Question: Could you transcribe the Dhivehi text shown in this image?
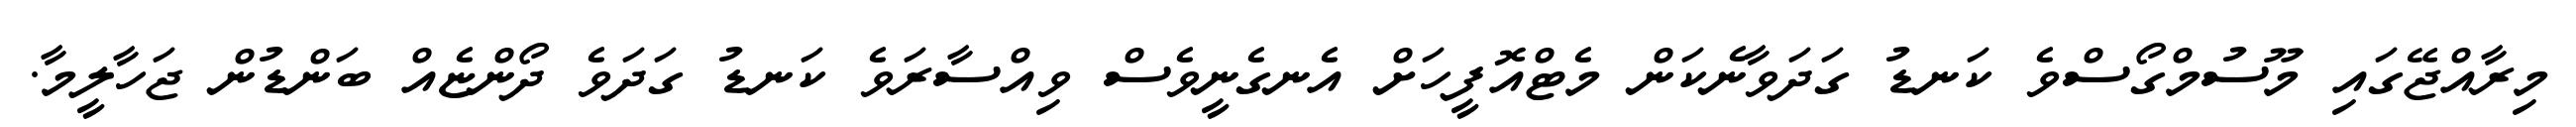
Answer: މިރާއްޖޭގައި މޫސުމްގޯސްވެ ކަނޑު ގަދަވާނެކަން މެޓްއޮފީހަށް އެނގެނީވެސް ވިއްސާރަވެ ކަނޑު ގަދަވެ ދޯންޏެއް ބަންޑުން ޖަހާލީމާ.